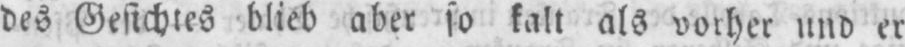
des Gesichtes blieb aber so kalt als vorher und er